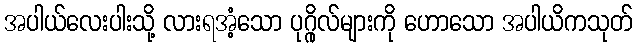
အပါယ်လေးပါးသို့ လားရအံ့သော ပုဂ္ဂိုလ်များကို ဟောသော အပါယိကသုတ်